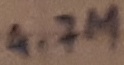
Text: 4.7M